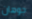
جوهان